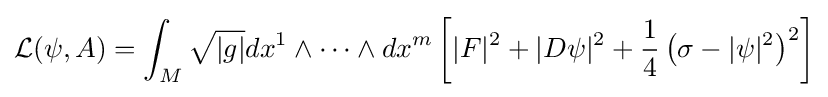
{\mathcal {L}}(\psi ,A)=\int _{M}{\sqrt {|g|}}dx^{1}\wedge \dotsm \wedge dx^{m}\left[\vert F\vert ^{2}+\vert D\psi \vert ^{2}+{\frac {1}{4}}\left(\sigma -\vert \psi \vert ^{2}\right)^{2}\right]